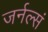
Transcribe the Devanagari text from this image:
जर्नल्सं